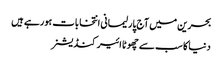
بحرین میں آج پارلیمانی انتخابات ہورہے ہیں
دنیا کا سب سے چھوٹا ائیر کنڈیشنر